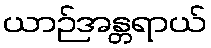
ယာဉ်အန္တရာယ်